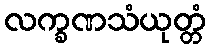
လက္ခဏသံယုတ္တံ